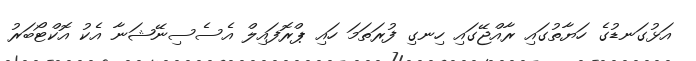
އަޅުގަނޑުގެ ހަޔާތުގައި ރާއްޖޭގައި ހިނގި ފުރަތަމަ ހައި ޕްރޮފައިލް އެސެސިނޭޝަނާ އެކު އޮކްޓޯބަރު